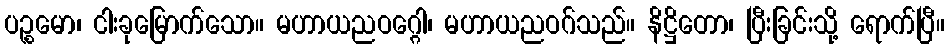
ပဉ္စမော၊ ငါးခုမြောက်သော။ မဟာယညဝဂ္ဂေါ၊ မဟာယညဝဂ်သည်။ နိဋ္ဌိတော၊ ပြီးခြင်းသို့ ရောက်ပြီ။